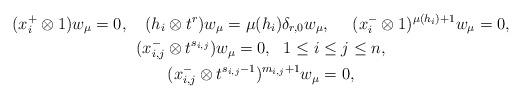
LaTeX: \begin{gather*}(x_i^+\otimes 1)w_\mu=0,\ \ \ (h_i\otimes t^r)w_\mu=\mu(h_i)\delta_{r,0}w_\mu,\ \ \ \ (x_i^-\otimes 1)^{\mu(h_i)+1}w_\mu=0,\\ (x^-_{i,j}\otimes t^{s_{i,j}}) w_\mu=0,\ \ 1\le i\le j\le n, \\(x^-_{i,j}\otimes t^{s_{i,j}-1})^{m_{i,j}+1}w_\mu=0, \end{gather*}